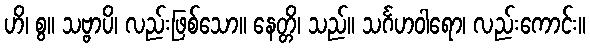
ဟိ၊ စွ။ သဗ္ဗာပိ၊ လည်းဖြစ်သော။ နေတ္တိ၊ သည်။ သင်္ဂဟဝါရော၊ လည်းကောင်း။